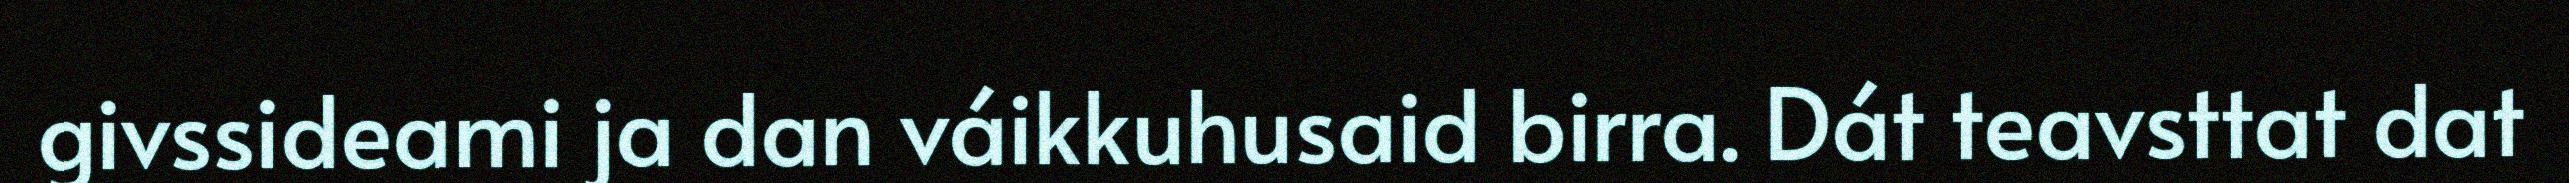
givssideami ja dan váikkuhusaid birra. Dát teavsttat dat